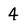
Character: 4